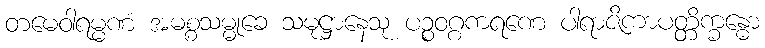
တမေဝါရမ္မဏံ အမစ္စသမ္မုခေ သမုဋ္ဌာနေသု ပဉ္စဝဂ္ဂကရဏေ ပါရာဇိကာပတ္တိက္ခန္ဓော